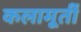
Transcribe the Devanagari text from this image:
कलामूर्ती